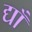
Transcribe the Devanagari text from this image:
द्याँ